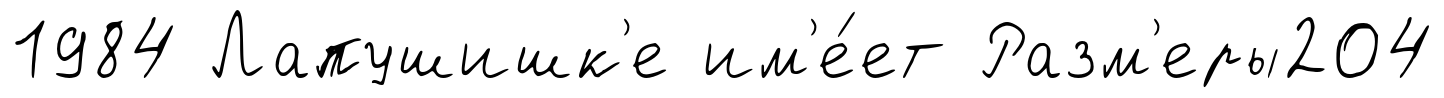
1984 Лапушишк'е им'е́ет Разм'еры204